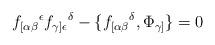
LaTeX: \begin{align*}f_{[\alpha\beta}{}^\epsilon f_{\gamma]\epsilon}{}^\delta -\{f_{[\alpha\beta}{}^\delta,\Phi_{\gamma]}\}=0\end{align*}